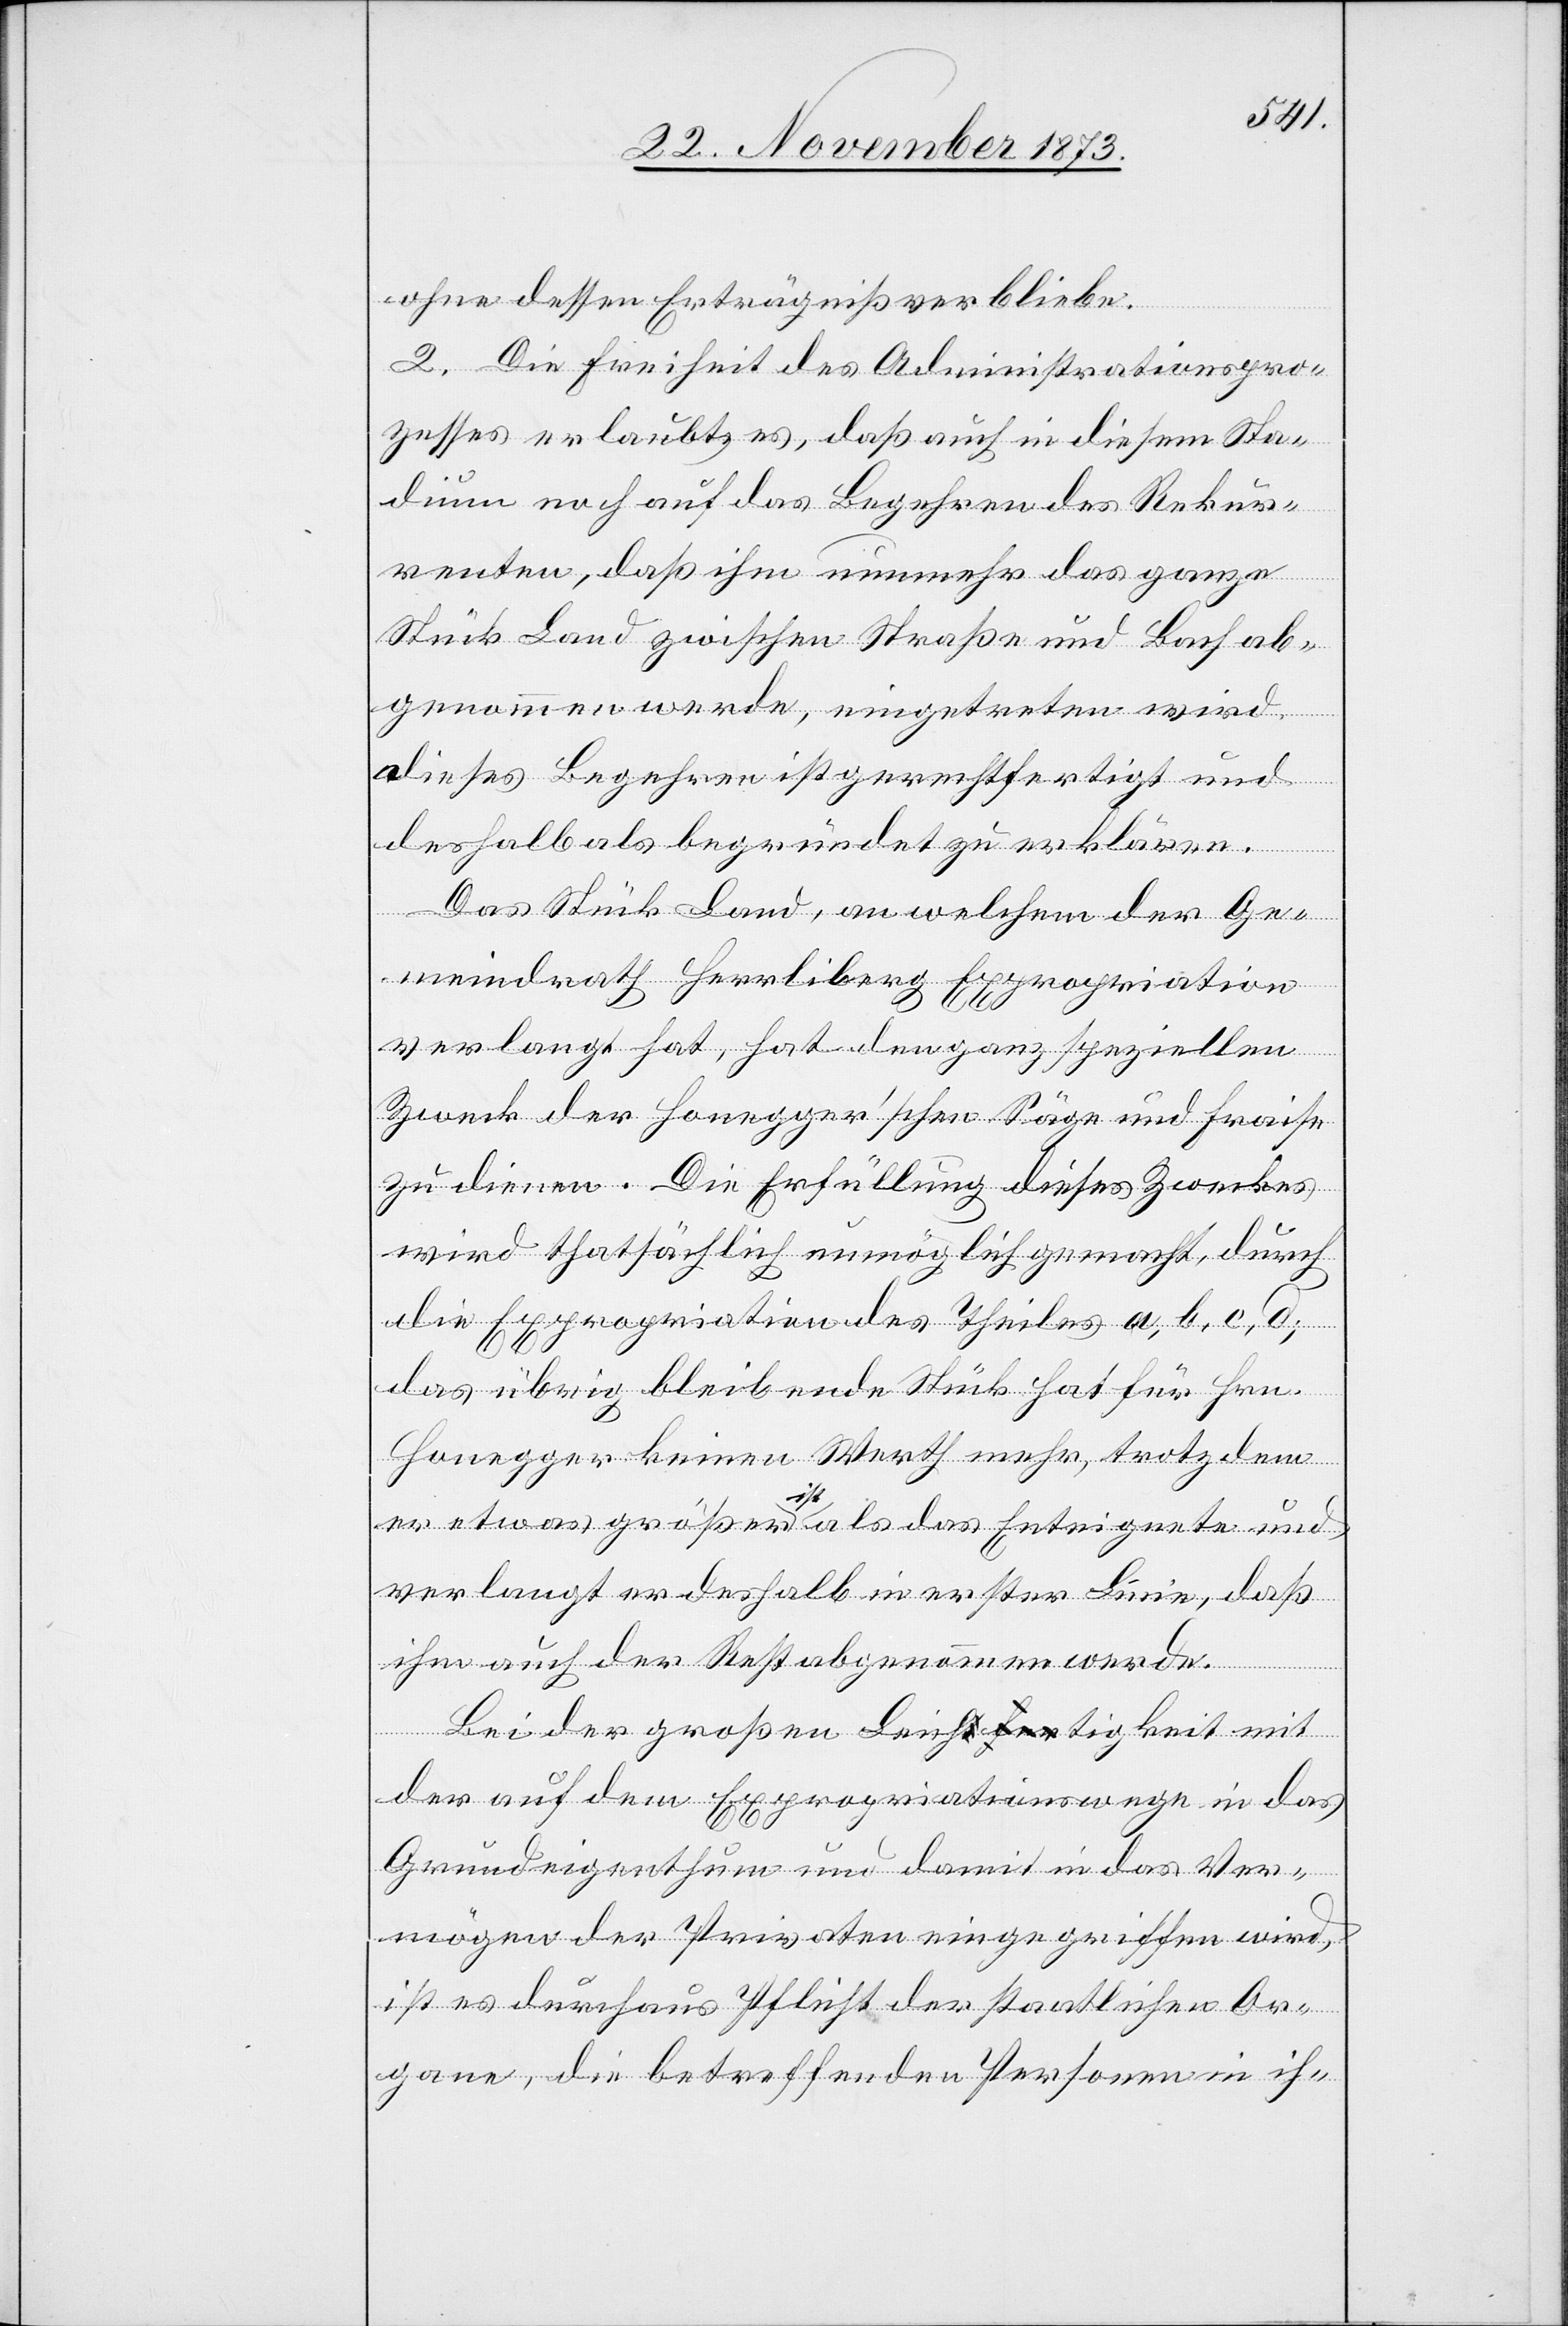
ohne dessen Erträgniß verbliebe.
2. Die Freiheit des Administrationspro¬
zesses erlaubt es, daß auch in diesem Sta¬
dium noch auf das Begehren des Rekur¬
renten, daß ihm nunmehr das ganze
Stück Land zwischen Straße und Bach ab¬
genommen werde, eingetreten wird.
Dieses Begehren ist gerechtfertigt und
deshalb als begründet zu erklären.
Das Stück Land, an welchem der Ge¬
meindrath Herrliberg Expropriation
verlangt hat, hat den ganz speziellen
Zweck der Honegger’schen Säge und Fraise
zu dienen. Die Erfüllung dieses Zweckes
wird thatsächlich unmöglich gemacht, durch
die Expropriation des Theiles a, b, c, d;
das übrig bleibende Stück hat für Hrn.
Honegger keinen Werth mehr, trotzdem
er etwas größer ist als das Enteignete und
verlangt er deshalb in erster Linie, daß
ihm auch der Rest abgenommen werde.
Bei der großen Leicha-tfer-atigkeit mit
der auf dem Expropriationswege in das
Grundeigenthum und damit in das Ver¬
mögen der Privaten eingegriffen wird,
ist es durchaus Pflicht der staatlichen Or¬
gane, die betreffenden Personen in ih-